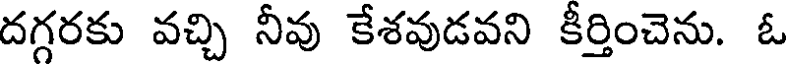
దగ్గరకు వచ్చి నీవు కేశవుడవని కీర్తించెను. ఓ